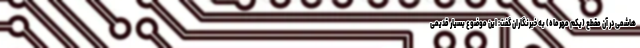
هاشمی در آن مقطع (یکم مهرماه) به خبرنگاران گفت: این موضوع بسیار قدیمی